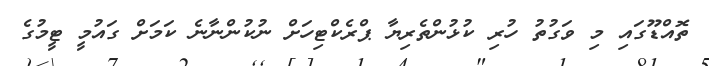
ތޮއްޑޫގައި މި ވަގުތު ހުރި ކުޅުންތެރިޔާ ޕްރެކްޓިހަށް ނުކުންނާނެ ކަމަށް ގައުމީ ޓީމުގެ